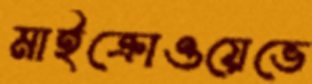
মাইক্রোওয়েভে